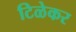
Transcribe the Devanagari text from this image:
टिळेकर